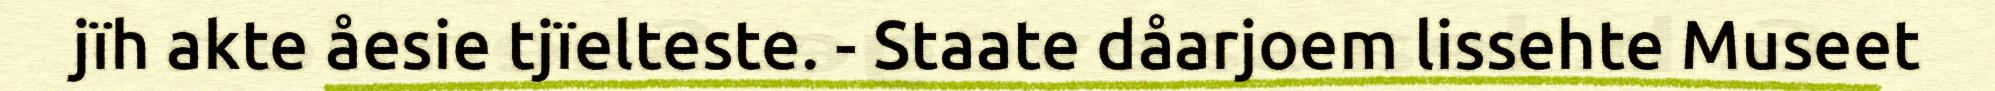
jïh akte åesie tjïelteste. - Staate dåarjoem lissehte Museet